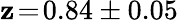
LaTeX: \mathbf{z}\! =\! 0.84\pm0.05